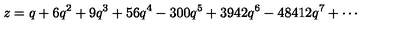
z = q + 6 q ^ { 2 } + 9 q ^ { 3 } + 5 6 q ^ { 4 } - 3 0 0 q ^ { 5 } + 3 9 4 2 q ^ { 6 } - 4 8 4 1 2 q ^ { 7 } + \cdots